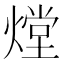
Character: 𤎌